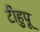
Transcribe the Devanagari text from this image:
टीहुपू